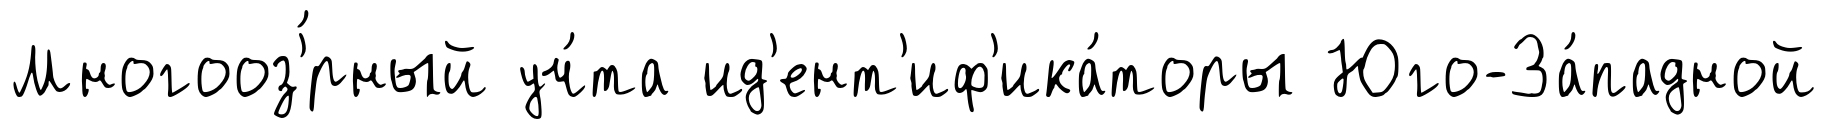
Многооз'́рный уч́та ид'ент'иф'ика́торы Юго-За́падной